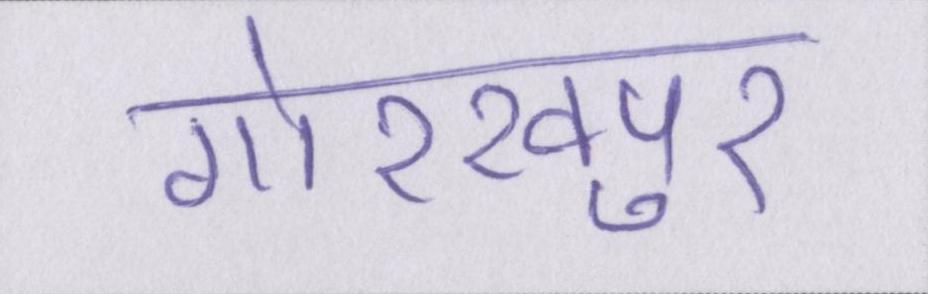
गोरखपुर